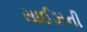
સાઈઝની